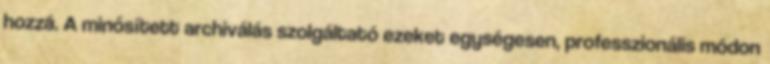
hozzá. A minősített archiválás szolgáltató ezeket egységesen, professzionális módon